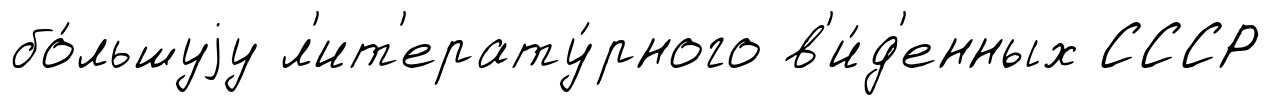
бо́льшуjу л'ит'ерату́рного в'и́д'енных СССР